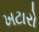
ખટારો